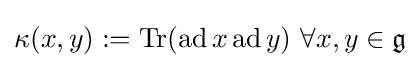
\kappa (x,y):={\textrm {Tr}}({\textrm {ad}}\,x\,{\textrm {ad}}\,y)\ \forall x,y\in {\mathfrak {g}}